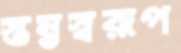
স্তম্ভস্বরূপ